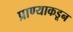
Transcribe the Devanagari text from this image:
प्राण्याकडून